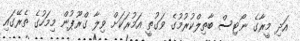
އަދި މީރާގެ ނޯޓިސް ބާތިލްކުރުމުގެ ވަގުތީ އަމުރަކަށް ވިލާ ގްރޫޕުން މިމަހުގެ ތެރޭގައި